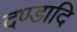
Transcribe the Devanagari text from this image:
दण्डादि